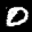
Label: 0